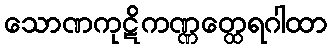
သောဏကုဋိကဏ္ဏတ္ထေရဂါထာ